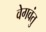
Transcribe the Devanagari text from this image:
वेगवंतु